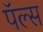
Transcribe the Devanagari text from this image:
पॅल्स